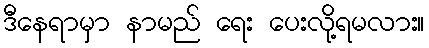
ဒီနေရာမှာ နာမည် ရေး ပေးလို့ရမလား။